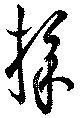
採